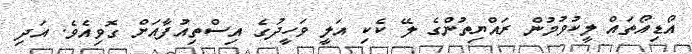
އޯޑިއޯތައް ލީކުވުމުން ރައްޔިތުންގެ ލޭ ކެކި އަލީ ވަހީދުގެ އިސްތިއުފާއަށް ގޮވިއެވެ. އަދި